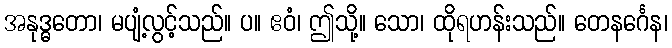
အနုဒ္ဓတော၊ မပျံ့လွင့်သည်။ ပ။ ဧဝံ၊ ဤသို့။ သော၊ ထိုရဟန်းသည်။ တေနင်္ဂေန၊